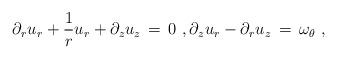
LaTeX: \begin{align*} \partial_r u_r + \frac{1}{r} u_r + \partial_z u_z \,=\, 0~, \partial_z u_r - \partial_r u_z \,=\, \omega_\theta~,\end{align*}